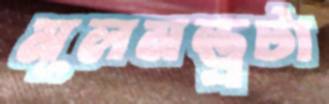
মূলমন্ত্রটা